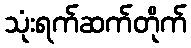
သုံးရက်ဆက်တိုက်